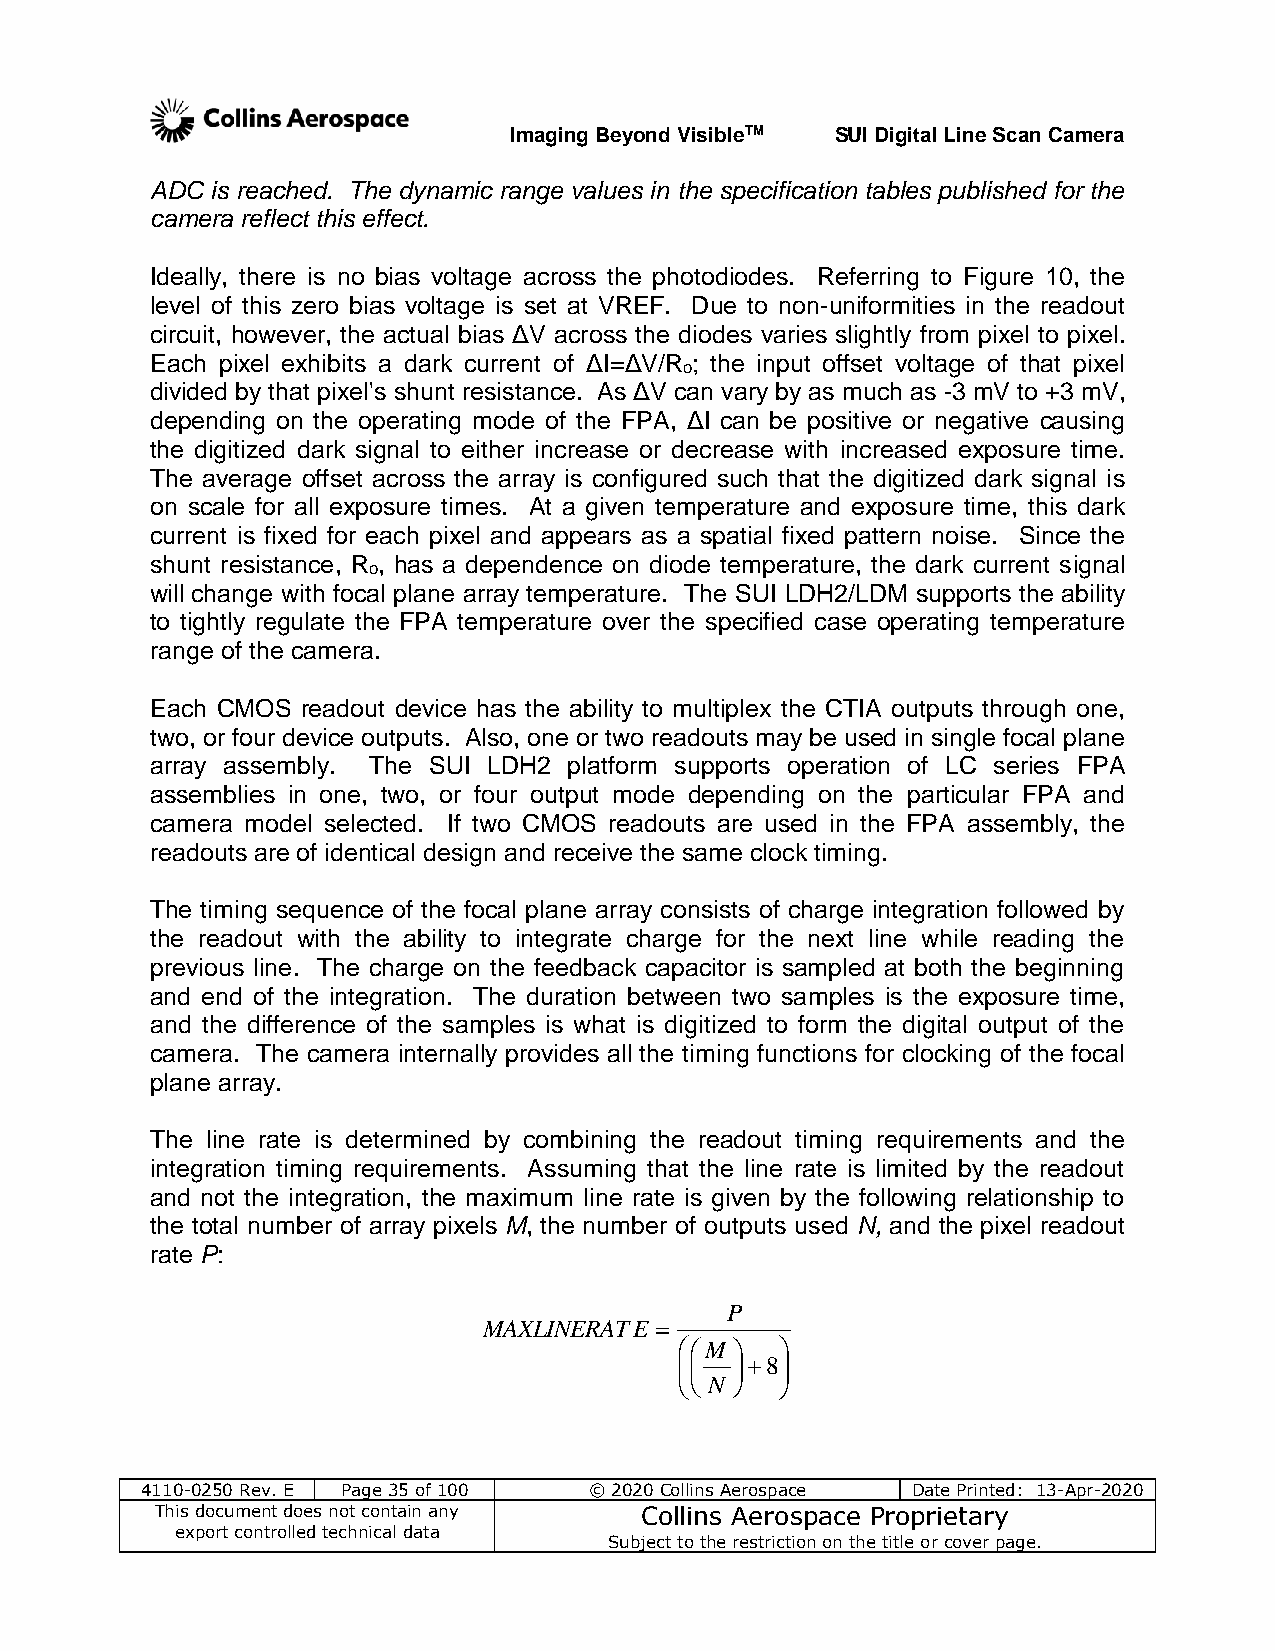
Imaging Beyond VisibleTM SUI Digital Line Scan Camera
 ADC is reached. The dynamic range values in the specification tables published for the
 camera reflect this effect.
 Ideally, there is no bias voltage across the photodiodes. Referring to Figure 10, the
 level of this zero bias voltage is set at VREF. Due to non-uniformities in the readout
 circuit, however, the actual bias ΔV across the diodes varies slightly from pixel to pixel.
 Each pixel exhibits a dark current of ΔI=ΔV/R ; the input offset voltage of that pixel
 o
 divided by that pixel's shunt resistance. As ΔV can vary by as much as -3 mV to +3 mV,
 depending on the operating mode of the FPA, ΔI can be positive or negative causing
 the digitized dark signal to either increase or decrease with increased exposure time.
 The average offset across the array is configured such that the digitized dark signal is
 on scale for all exposure times. At a given temperature and exposure time, this dark
 current is fixed for each pixel and appears as a spatial fixed pattern noise. Since the
 shunt resistance, R , has a dependence on diode temperature, the dark current signal
 o
 will change with focal plane array temperature. The SUI LDH2/LDM supports the ability
 to tightly regulate the FPA temperature over the specified case operating temperature
 range of the camera.
 Each CMOS readout device has the ability to multiplex the CTIA outputs through one,
 two, or four device outputs. Also, one or two readouts may be used in single focal plane
 array assembly. The SUI LDH2 platform supports operation of LC series FPA
 assemblies in one, two, or four output mode depending on the particular FPA and
 camera model selected. If two CMOS readouts are used in the FPA assembly, the
 readouts are of identical design and receive the same clock timing.
 The timing sequence of the focal plane array consists of charge integration followed by
 the readout with the ability to integrate charge for the next line while reading the
 previous line. The charge on the feedback capacitor is sampled at both the beginning
 and end of the integration. The duration between two samples is the exposure time,
 and the difference of the samples is what is digitized to form the digital output of the
 camera. The camera internally provides all the timing functions for clocking of the focal
 plane array.
 The line rate is determined by combining the readout timing requirements and the
 integration timing requirements. Assuming that the line rate is limited by the readout
 and not the integration, the maximum line rate is given by the following relationship to
 the total number of array pixels M, the number of outputs used N, and the pixel readout
 rate P:
 P
 MAXLINERATE 
 M   
   8
       
  N  
 4110-0250 Rev. E Page 35 of 100 © 2020 Collins Aerospace Date Printed: 13-Apr-2020
 This document does not contain any Collins Aerospace Proprietary
 export controlled technical data
 Subject to the restriction on the title or cover page.